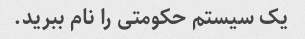
یک سیستم حکومتی را نام ببرید.